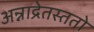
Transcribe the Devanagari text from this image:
अन्नाद्रेतस्ततो